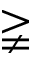
\gneqq